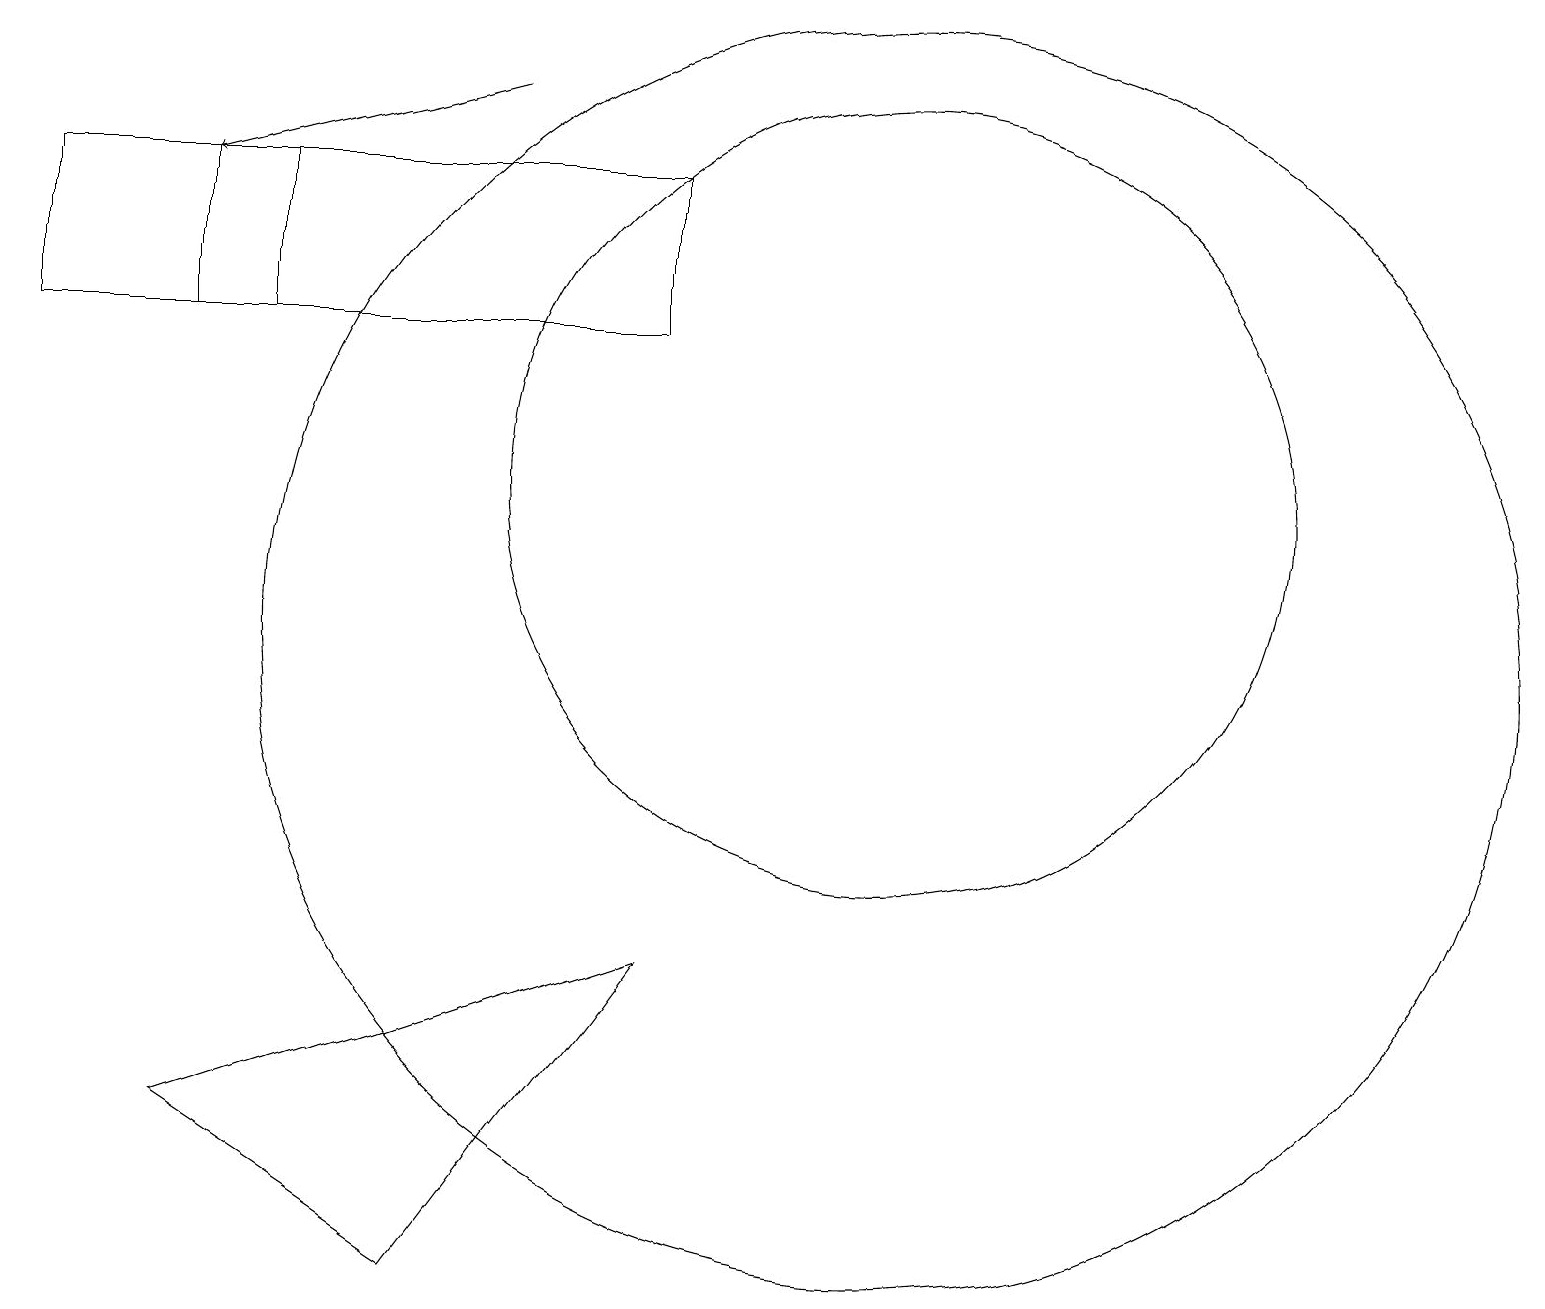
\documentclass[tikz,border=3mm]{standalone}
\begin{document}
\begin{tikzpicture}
\draw (2,16) rectangle (8,14);
\draw (11,10) circle (8);
\draw (11,12) circle (5);
\draw (0,16) rectangle (3,14);
\draw[->] (6,17) -- (2,16);
\draw (5,2) -- (2,4) -- (8,6) -- cycle;
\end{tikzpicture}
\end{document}